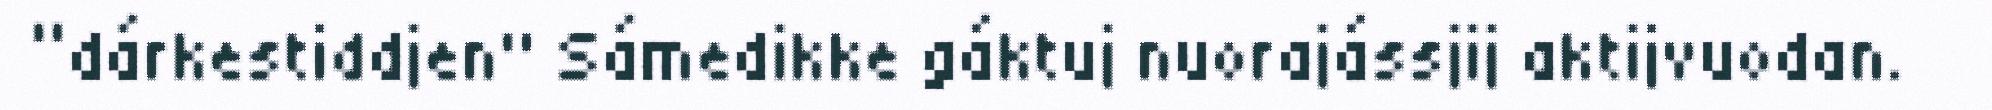
“dárkestiddjen" Sámedikke gáktuj nuorajássjij aktijvuodan.